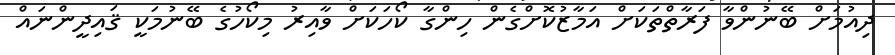
ދިއުމަށް ބޭނުންވާ ފަރާތްތަކަށް އަމާޒުކޮށްގެން ހިންގާ ކޯހަކަށް ވާއިރު މިކޯހުގެ ބޭނުމަކީ ޤައިދީންނައް